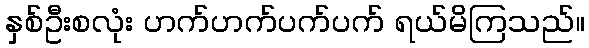
နှစ်ဦးစလုံး ဟက်ဟက်ပက်ပက် ရယ်မိကြသည်။